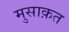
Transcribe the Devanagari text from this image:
मुसाक़त